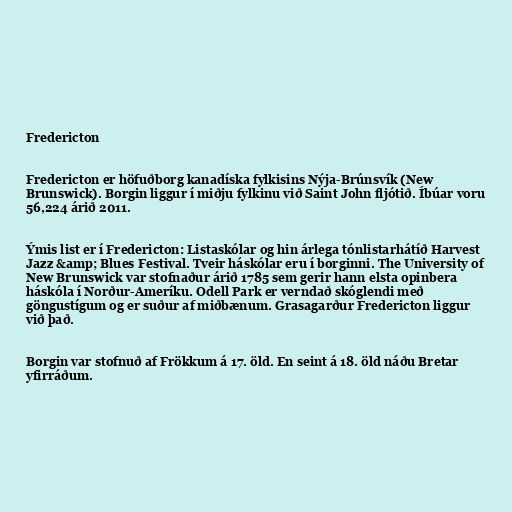
Fredericton

Fredericton er höfuðborg kanadíska fylkisins Nýja-Brúnsvík (New
Brunswick). Borgin liggur í miðju fylkinu við Saint John fljótið. Íbúar voru
56,224 árið 2011.

Ýmis list er í Fredericton: Listaskólar og hin árlega tónlistarhátíð Harvest
Jazz &amp; Blues Festival. Tveir háskólar eru í borginni. The University of
New Brunswick var stofnaður árið 1785 sem gerir hann elsta opinbera
háskóla í Norður-Ameríku. Odell Park er verndað skóglendi með
göngustígum og er suður af miðbænum. Grasagarður Fredericton liggur
við það.

Borgin var stofnuð af Frökkum á 17. öld. En seint á 18. öld náðu Bretar
yfirráðum.